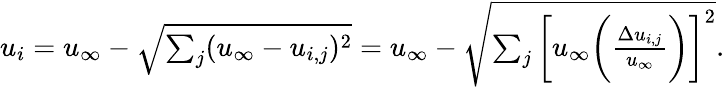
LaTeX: \begin{array}{r}{u_{i}=u_{\infty}-\sqrt{\sum_{j}(u_{\infty}-u_{i,j})^{2}}=u_{\infty}-\sqrt{\sum_{j}\bigg[u_{\infty}\bigg(\frac{\Delta u_{i,j}}{u_{\infty}}\bigg)\bigg]^{2}}.}\end{array}